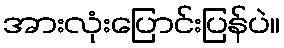
အားလုံးပြောင်းပြန်ပဲ။